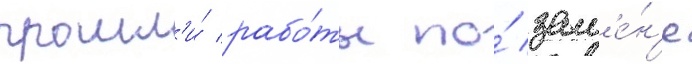
прошл'и́ рабо́ты по́ зам'е́н'е